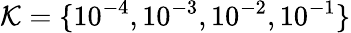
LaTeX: \mathcal{K}=\{ 10^{-4},10^{-3},10^{-2},10^{-1}\}